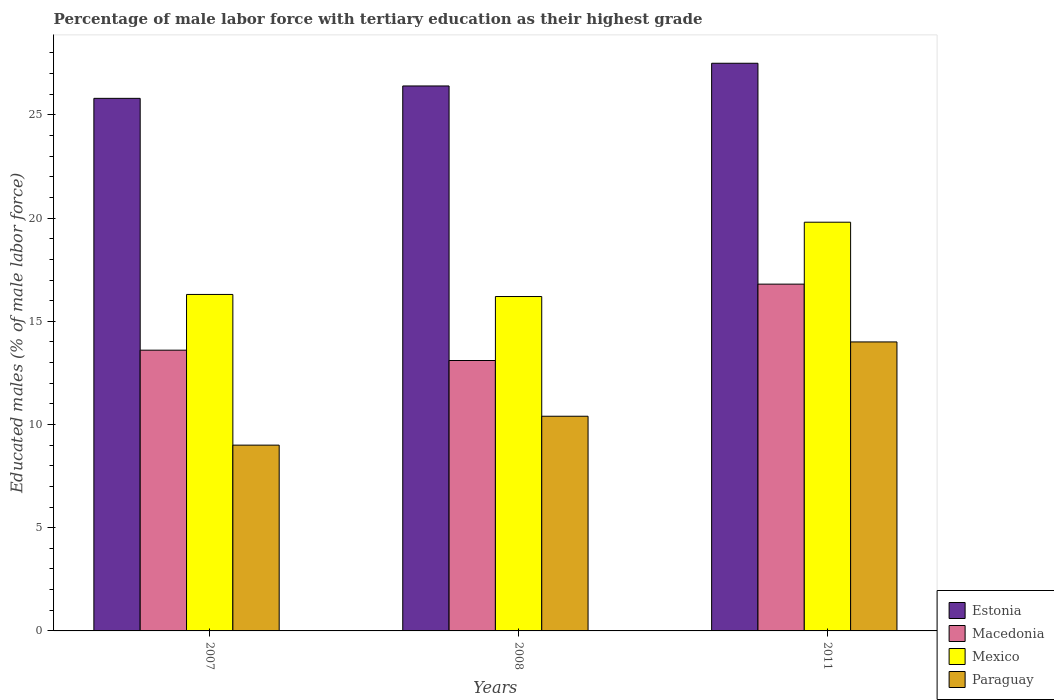
| Years | Estonia | Macedonia | Mexico | Paraguay |
 | --- | --- | --- | --- | --- |
 | 2007 | 25.8 | 13.6 | 16.3 | 9 |
 | 2008 | 26.4 | 13.1 | 16.2 | 10.4 |
 | 2011 | 27.5 | 16.8 | 19.8 | 14 |